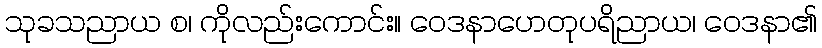
သုခသညာယ စ၊ ကိုလည်းကောင်း။ ဝေဒနာဟေတုပရိညာယ၊ ဝေဒနာ၏